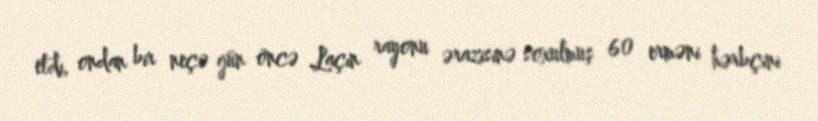
etdi, ondan bir neçə gün öncə Laçın rayonu ərazisinə soxulmuş 60 erməni hərbçini